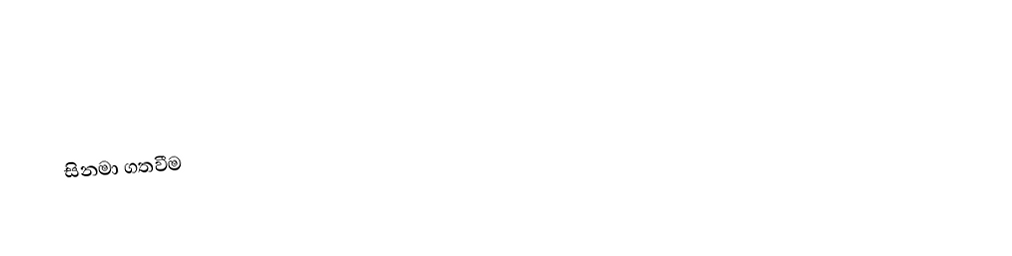

සිනමා ගතවීම